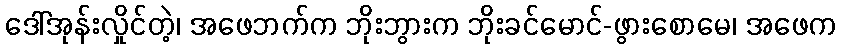
ဒေါ်အုန်းလှိုင်တဲ့၊ အဖေဘက်က ဘိုးဘွားက ဘိုးခင်မောင်-ဖွားစောမေ၊ အဖေက